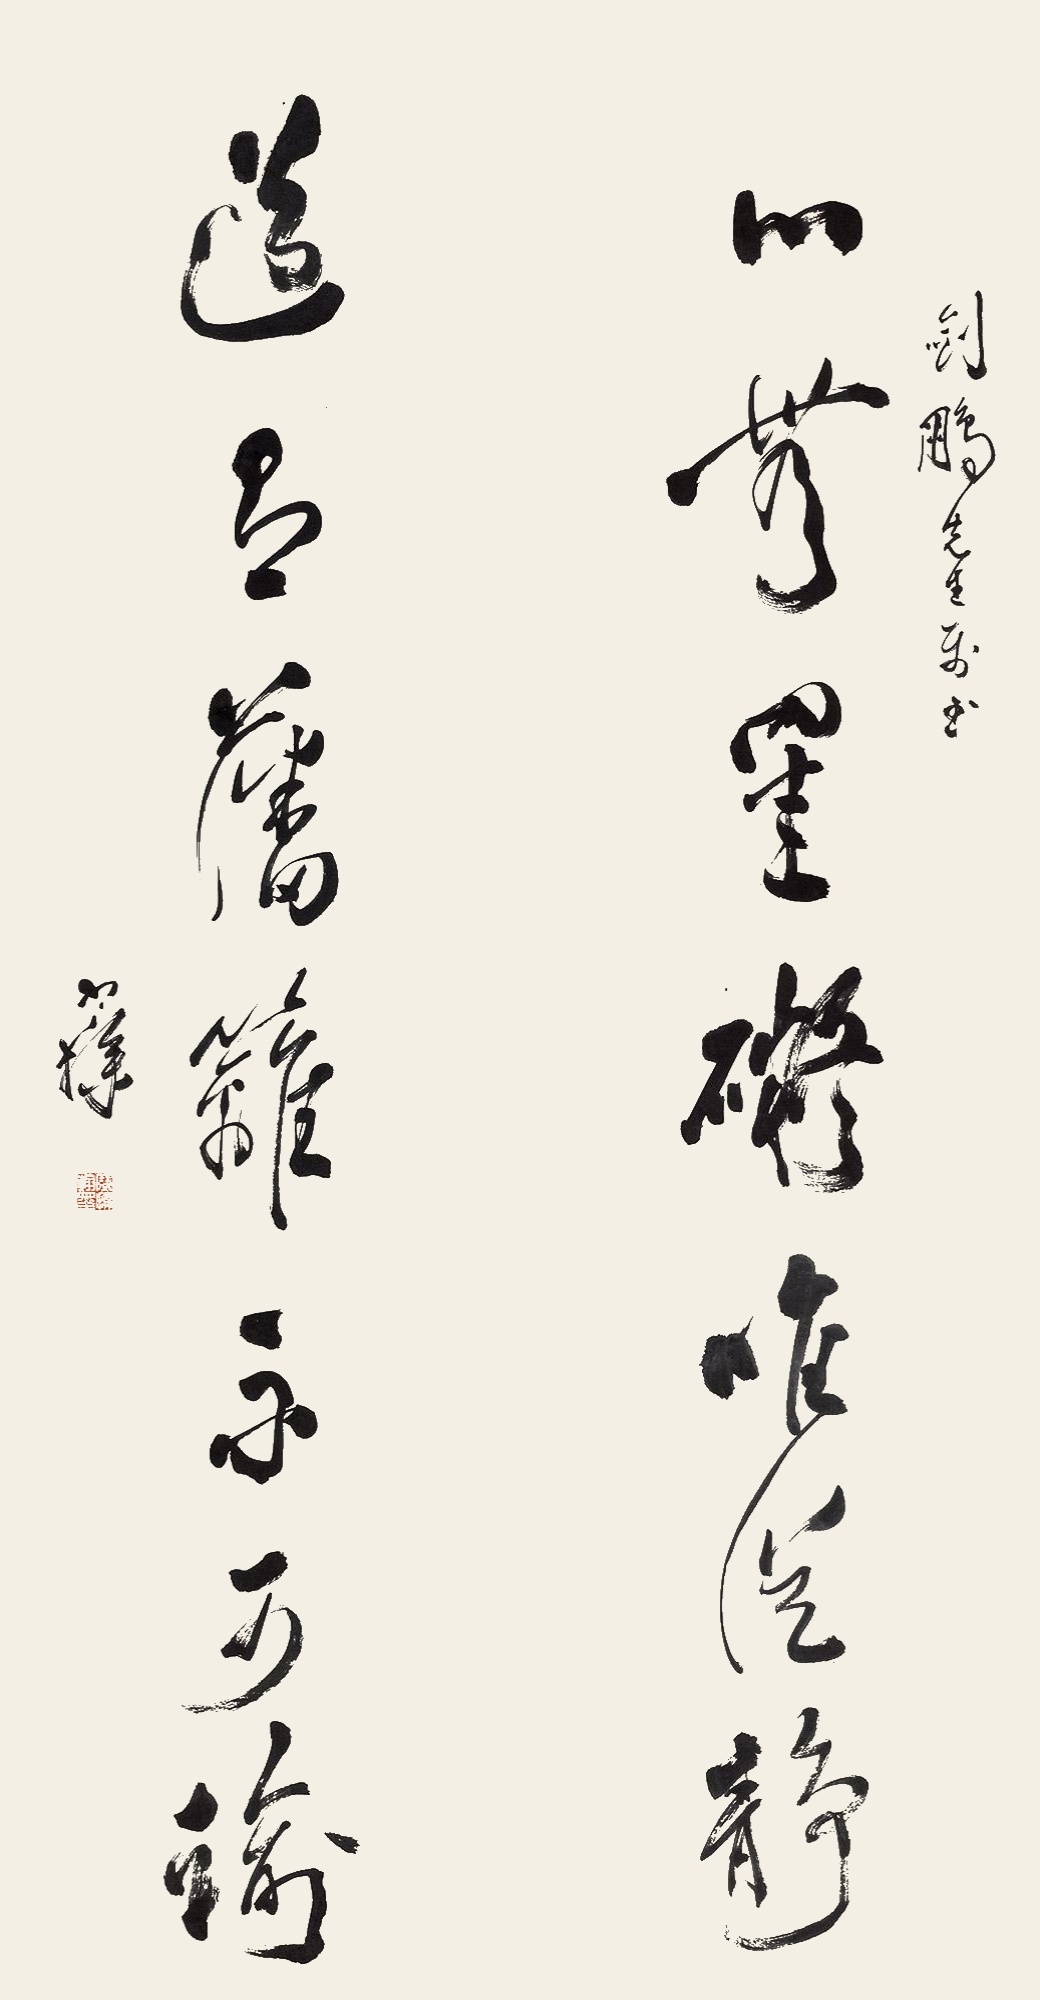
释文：心无罣碍唯从静，道有藩篱不可逾。剑鹏先生属书。寒操。